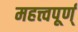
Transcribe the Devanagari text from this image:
महत्त्वपूर्ण्